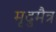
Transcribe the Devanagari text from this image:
मृदुमैत्र